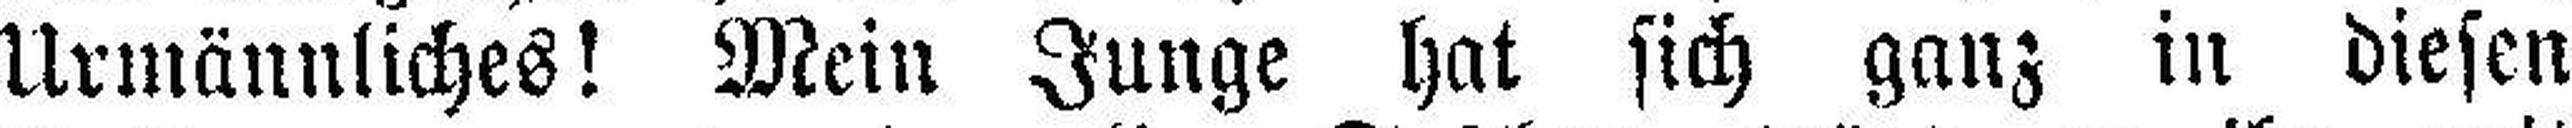
Urmännliches! Mein Junge hat sich ganz in diesen